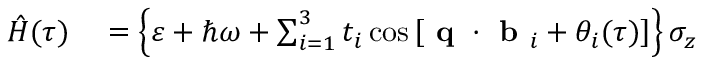
\begin{array} { r l } { \hat { H } ( \tau ) } & { { } = \left\{ \varepsilon + \hbar \omega + \sum _ { i = 1 } ^ { 3 } t _ { i } \cos \left[ \textbf { q } \cdot \textbf { b } _ { i } + \theta _ { i } ( \tau ) \right] \right\} \sigma _ { z } } \end{array}